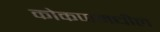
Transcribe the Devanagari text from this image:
कोकणमधील